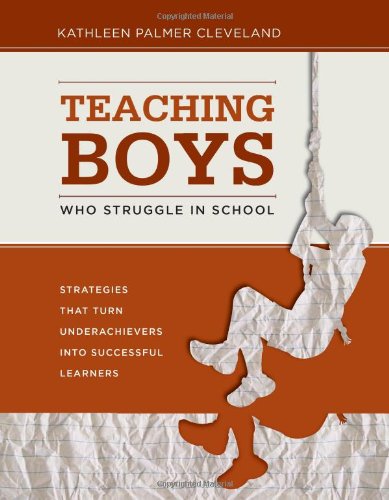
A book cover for Teaching Boys Who Struggle in School: Strategies That Turn Underachievers into Successful Learners; Kathleen Palmer Cleveland; Politics & Social Sciences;